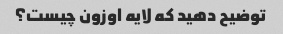
توضیح دهید که لایه اوزون چیست؟